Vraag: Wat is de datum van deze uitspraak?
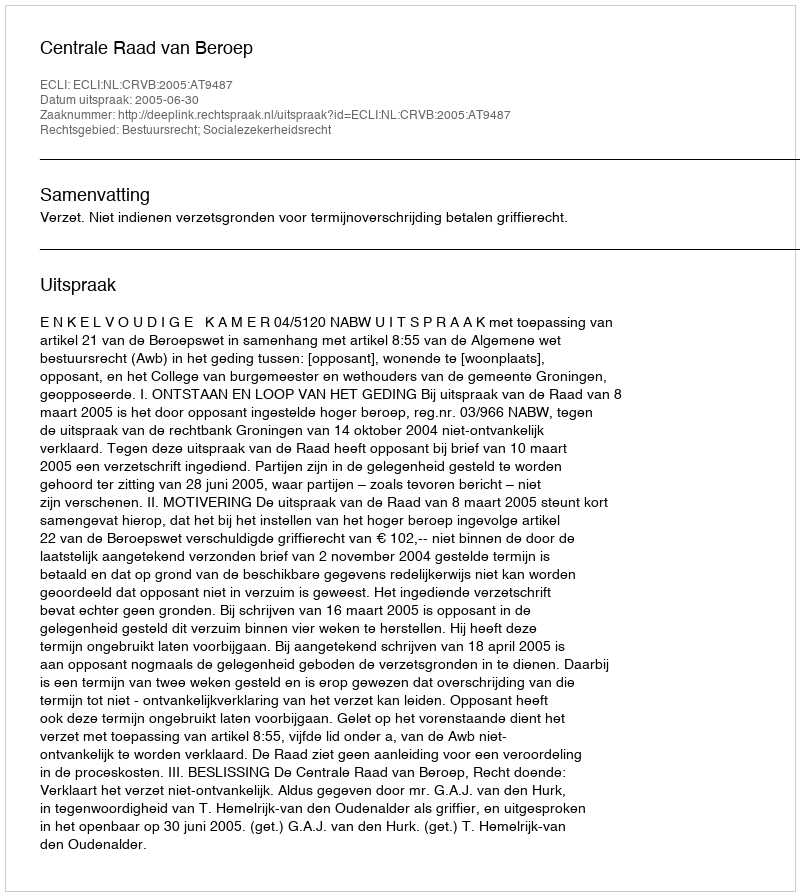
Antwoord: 2005-06-30